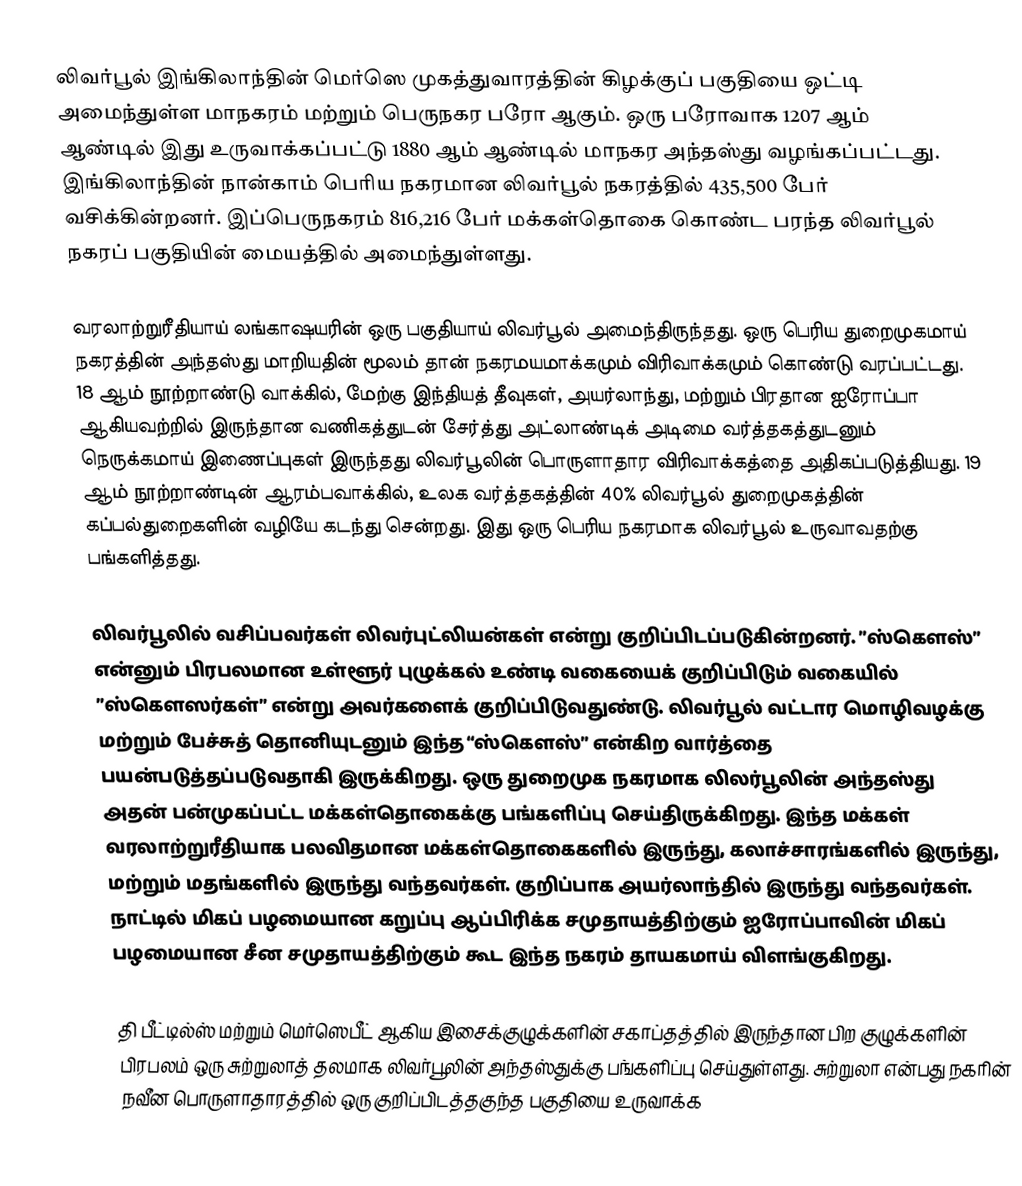
லிவர்பூல்  இங்கிலாந்தின் மெர்ஸெ முகத்துவாரத்தின் கிழக்குப் பகுதியை ஒட்டி அமைந்துள்ள மாநகரம் மற்றும் பெருநகர பரோ ஆகும்.  ஒரு பரோவாக 1207 ஆம் ஆண்டில் இது உருவாக்கப்பட்டு 1880 ஆம் ஆண்டில் மாநகர அந்தஸ்து வழங்கப்பட்டது.  இங்கிலாந்தின் நான்காம் பெரிய நகரமான லிவர்பூல் நகரத்தில் 435,500 பேர் வசிக்கின்றனர். இப்பெருநகரம் 816,216 பேர் மக்கள்தொகை கொண்ட பரந்த லிவர்பூல் நகரப் பகுதியின் மையத்தில் அமைந்துள்ளது.

வரலாற்றுரீதியாய் லங்காஷயரின் ஒரு பகுதியாய் லிவர்பூல் அமைந்திருந்தது. ஒரு பெரிய துறைமுகமாய் நகரத்தின் அந்தஸ்து மாறியதின் மூலம் தான்  நகரமயமாக்கமும் விரிவாக்கமும் கொண்டு வரப்பட்டது.  18 ஆம் நூற்றாண்டு வாக்கில், மேற்கு இந்தியத் தீவுகள், அயர்லாந்து, மற்றும் பிரதான ஐரோப்பா ஆகியவற்றில் இருந்தான வணிகத்துடன் சேர்த்து அட்லாண்டிக் அடிமை வர்த்தகத்துடனும் நெருக்கமாய் இணைப்புகள் இருந்தது லிவர்பூலின் பொருளாதார விரிவாக்கத்தை அதிகப்படுத்தியது.  19 ஆம் நூற்றாண்டின் ஆரம்பவாக்கில், உலக வர்த்தகத்தின் 40% லிவர்பூல் துறைமுகத்தின் கப்பல்துறைகளின் வழியே கடந்து சென்றது. இது ஒரு பெரிய நகரமாக லிவர்பூல் உருவாவதற்கு பங்களித்தது.

லிவர்பூலில் வசிப்பவர்கள் லிவர்புட்லியன்கள்  என்று குறிப்பிடப்படுகின்றனர். ”ஸ்கௌஸ்” என்னும் பிரபலமான உள்ளூர் புழுக்கல் உண்டி வகையைக் குறிப்பிடும் வகையில் ”ஸ்கௌஸர்கள்” என்று அவர்களைக் குறிப்பிடுவதுண்டு.  லிவர்பூல் வட்டார மொழிவழக்கு மற்றும் பேச்சுத் தொனியுடனும் இந்த “ஸ்கௌஸ்” என்கிற வார்த்தை பயன்படுத்தப்படுவதாகி இருக்கிறது.  ஒரு துறைமுக நகரமாக லிலர்பூலின் அந்தஸ்து அதன் பன்முகப்பட்ட மக்கள்தொகைக்கு பங்களிப்பு செய்திருக்கிறது. இந்த மக்கள் வரலாற்றுரீதியாக பலவிதமான மக்கள்தொகைகளில் இருந்து, கலாச்சாரங்களில் இருந்து, மற்றும் மதங்களில் இருந்து வந்தவர்கள். குறிப்பாக அயர்லாந்தில் இருந்து வந்தவர்கள்.  நாட்டில் மிகப் பழமையான கறுப்பு ஆப்பிரிக்க சமுதாயத்திற்கும் ஐரோப்பாவின் மிகப் பழமையான சீன சமுதாயத்திற்கும் கூட இந்த நகரம் தாயகமாய் விளங்குகிறது.

தி பீட்டில்ஸ் மற்றும் மெர்ஸெபீட் ஆகிய இசைக்குழுக்களின் சகாப்தத்தில் இருந்தான பிற குழுக்களின் பிரபலம் ஒரு சுற்றுலாத் தலமாக லிவர்பூலின் அந்தஸ்துக்கு பங்களிப்பு செய்துள்ளது. சுற்றுலா என்பது நகரின் நவீன பொருளாதாரத்தில் ஒரு குறிப்பிடத்தகுந்த பகுதியை உருவாக்க